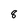
Character: 8